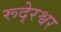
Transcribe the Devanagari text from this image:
रूदे्रश्वर